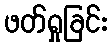
ဖတ်ရှုခြင်း